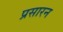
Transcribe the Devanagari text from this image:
प्रसारन